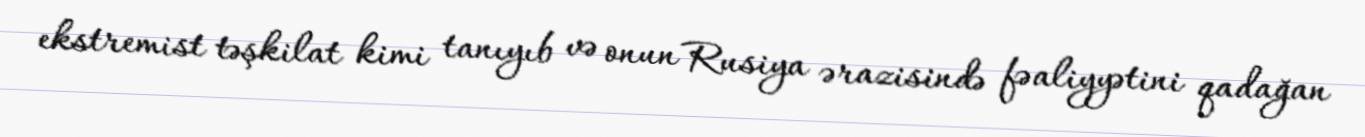
ekstremist təşkilat kimi tanıyıb və onun Rusiya ərazisində fəaliyyətini qadağan